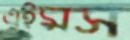
এইমস